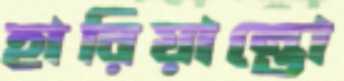
হারিয়ান্তো